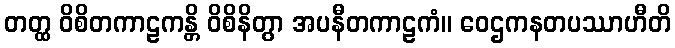
တတ္ထ ဝိစိတကာဠကန္တိ ဝိစိနိတွာ အပနီတကာဠကံ။ ဝေဌကနတပဿာဟီတိ